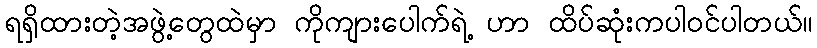
ရရှိထားတဲ့အဖွဲ့တွေထဲမှာ ကိုကျားပေါက်ရဲ့ ဟာ ထိပ်ဆုံးကပါဝင်ပါတယ်။